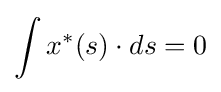
\int x^{\ast }(s)\cdot ds=0